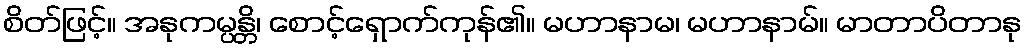
စိတ်ဖြင့်။ အနုကမ္ပန္တိ၊ စောင့်ရှောက်ကုန်၏။ မဟာနာမ၊ မဟာနာမ်။ မာတာပိတာနု